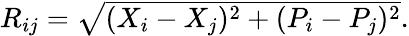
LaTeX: \begin{array}{r}{R_{ij}=\sqrt{(X_{i}-X_{j})^{2}+(P_{i}-P_{j})^{2}}.}\end{array}